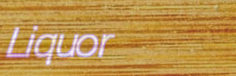
Liquor